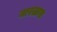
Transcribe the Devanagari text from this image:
नारळास